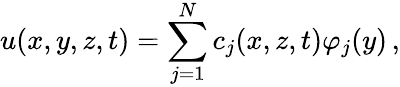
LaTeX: u(x,y,z,t)=\sum_{j=1}^{N}c_{j}(x,z,t)\varphi_{j}(y)\, ,